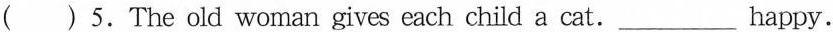
( )5.The old woman gives cach child a cat.___happy.